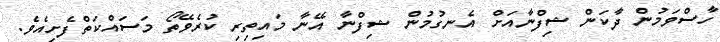
ހާސްވަމުން ދާކަން ޝިފްނާއަށް އެނގުމުން ޝިފްނާ އޭނާ މައިތިރި ކުރެވޭތޯ މަސައްކަތްފެށިއެވެ.